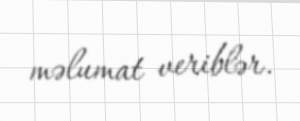
məlumat veriblər.